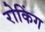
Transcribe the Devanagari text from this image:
रोकिंग